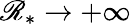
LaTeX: \mathscr{R}_{*}\to+\infty